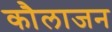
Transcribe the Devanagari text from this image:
कौलाजन